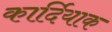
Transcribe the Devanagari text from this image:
कार्दियाक